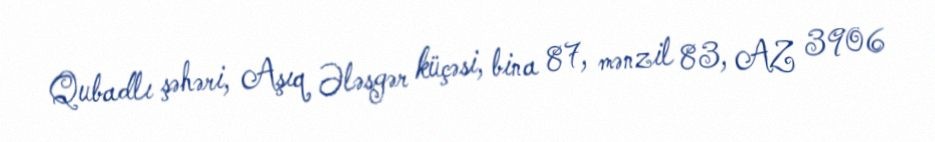
Qubadlı şəhəri, Aşıq Ələsgər küçəsi, bina 87, mənzil 83, AZ 3906